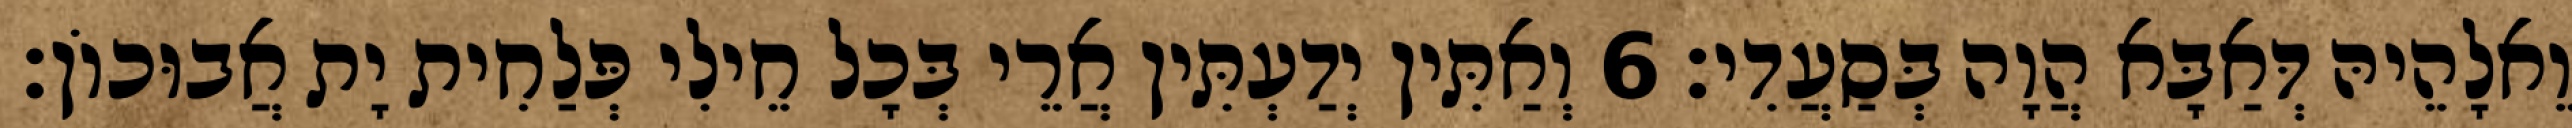
וֵאלָהֵיהּ דְּאַבָּא הֲוָה בְּסַעֲדִי׃ 6 וְאַתִּין יְדַעְתִּין אֲרֵי בְּכָל חֵילִי פְּלַחִית יָת אֲבוּכוֹן׃